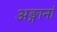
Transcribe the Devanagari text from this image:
अङ्गानां